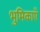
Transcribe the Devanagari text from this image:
भुमिकाएँ